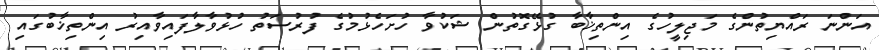
އަންނަ ރައްޔިތުންގެ މަޖިލީހުގެ އިންތިޚާބާ ގުޅޭގޮތުން ޝަކުވާ ހުށަހެޅުމުގެ ފުރުސަތު ހުޅުވާލާފައިވާއިރު އިންތިޚާބުގައި